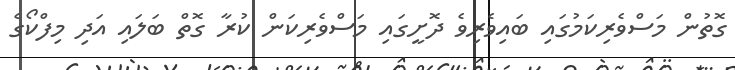
ގޮތުން މަސްވެރިކަމުގައި ބައިވެރިވެ ދޮށީގައި މަސްވެރިކަން ކުރާ ގޮތް ބަލައި އަދި މިފްކޯގެ